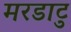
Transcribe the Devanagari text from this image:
मरडाटु